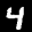
Label: 4